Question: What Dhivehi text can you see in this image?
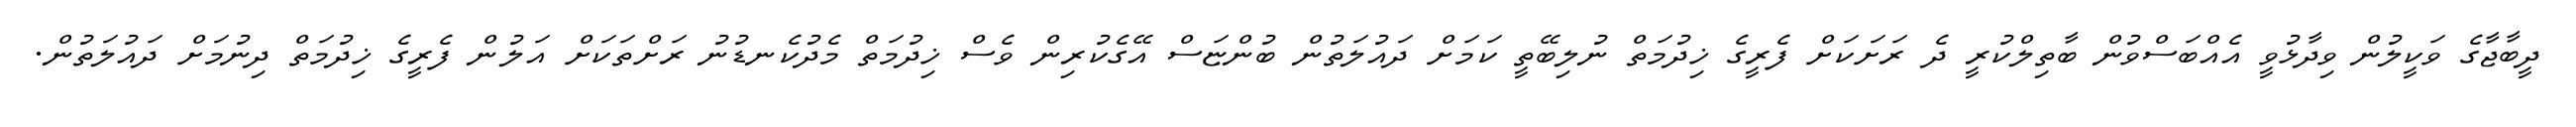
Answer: ދީބާޖާގެ ވަކީލުން ވިދާޅުވީ އެއްބަސްވުން ބާތިލްކުރީ ދެ ރަށަކަށް ފެރީގެ ޚިދުމަތް ނުލިބޭތީ ކަމަށް ދައުލަތުން ބުންޏަސް އޭގެކުރިން ވެސް ޚިދުމަތް މެދުކެނޑުނު ރަށްތަކަށް އަލުން ފެރީގެ ޚިދުމަތް ދިނުމަށް ދައުލަތުން.